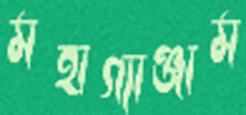
মহাগ্যাঞ্জাম